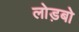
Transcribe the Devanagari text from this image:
लोड़बो